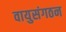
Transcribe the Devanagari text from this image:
वायुसंगठन